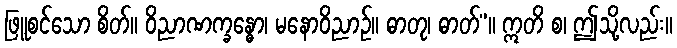
ဖြူစင်သော စိတ်။ ဝိညာဏက္ခန္ဓော၊ မနောဝိညာဉ်။ ဓာတု၊ ဓာတ်”။ ဣတိ စ၊ ဤသို့လည်း။